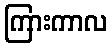
ကြားကာလ